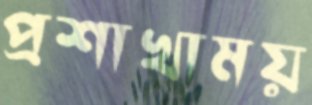
প্রশাখাময়